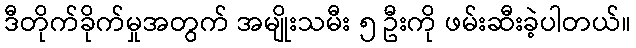
ဒီတိုက်ခိုက်မှုအတွက် အမျိုးသမီး ၅ ဦးကို ဖမ်းဆီးခဲ့ပါတယ်။